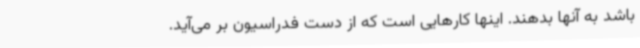
باشد به آنها بدهند. اینها کارهایی است که از دست فدراسیون بر می‌آید.